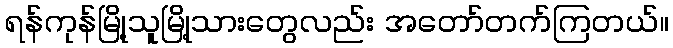
ရန်ကုန်မြို့သူမြို့သားတွေလည်း အတော်တက်ကြတယ်။